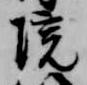
院